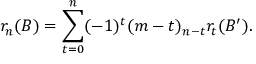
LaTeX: r _ { n } ( B ) = \sum _ { t = 0 } ^ { n } ( - 1 ) ^ { t } ( m - t ) _ { n - t } r _ { t } ( B ^ { \prime } ) .